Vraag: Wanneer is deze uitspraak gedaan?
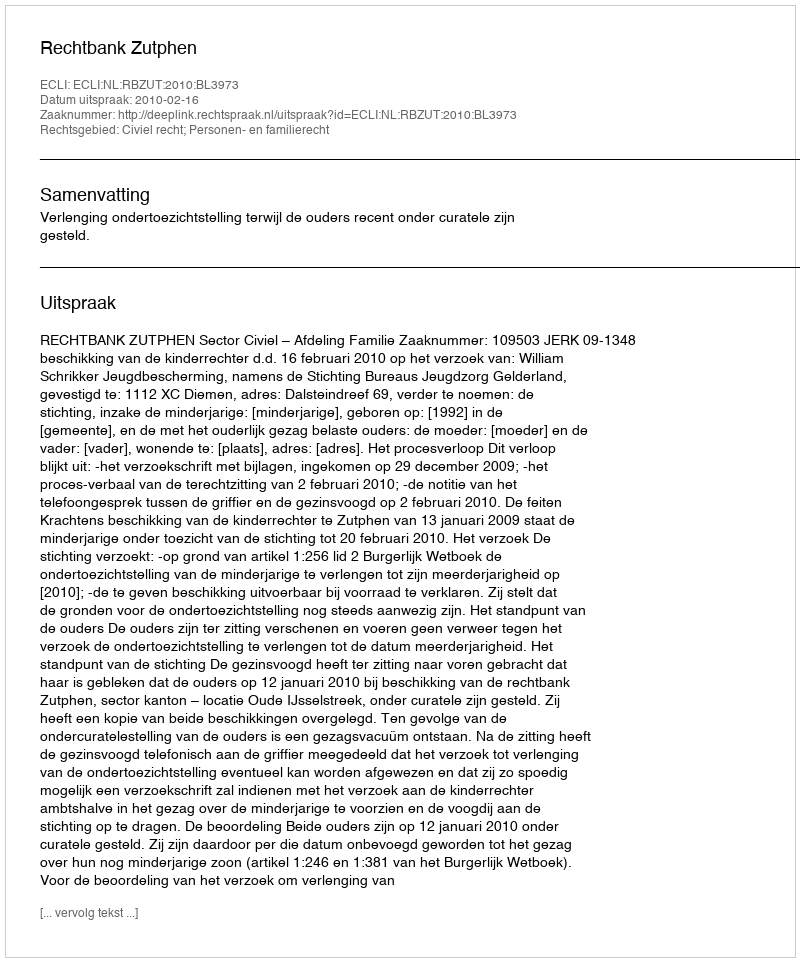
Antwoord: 2010-02-16